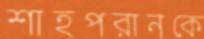
শাহপরানকে